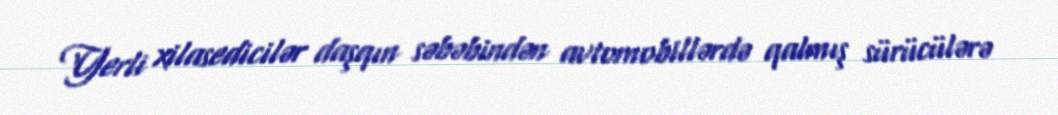
Yerli xilasedicilər daşqın səbəbindən avtomobillərdə qalmış sürücülərə